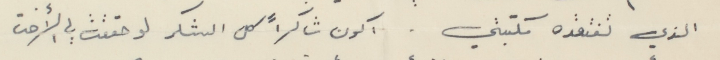
الذي تفتقده مكتبتي. اكون شاكراً كل الشكر لو حققت لي الأخت